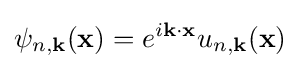
\psi _{n,\mathbf {k} }(\mathbf {x} )=e^{i\mathbf {k} \cdot \mathbf {x} }u_{n,\mathbf {k} }(\mathbf {x} )